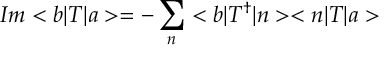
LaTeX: I m < b | T | a > = - \sum _ { n } < b | T ^ { \dagger } | n > < n | T | a >